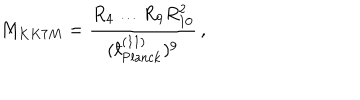
LaTeX: M _ { K K 7 M } = \frac { R _ { 4 } \ldots R _ { 9 } R _ { 1 0 } ^ { 2 } } { ( { } ^ { - } \! \! \! \! \ell _ { \mathrm { P l a n c k } } ^ { ( 1 1 ) } ) ^ { 9 } } \, ,